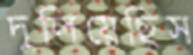
দুলিয়েছিস